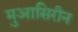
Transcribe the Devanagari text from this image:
मुआसिरीन